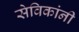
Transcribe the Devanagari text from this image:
सेविकांनी